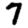
Digit: 7